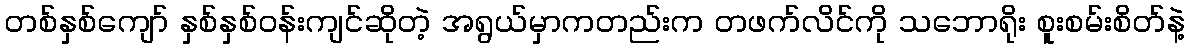
တစ်နှစ်ကျော် နှစ်နှစ်ဝန်းကျင်ဆိုတဲ့ အရွယ်မှာကတည်းက တဖက်လိင်ကို သဘောရိုး စူးစမ်းစိတ်နဲ့